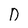
Character: D